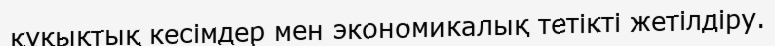
құқықтық кесімдер мен экономикалық тетікті жетілдіру.